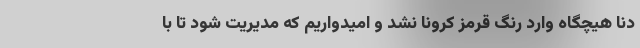
دنا هیچگاه وارد رنگ قرمز کرونا نشد و امیدواریم که مدیریت شود تا با